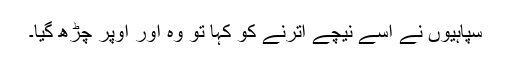
سپاہیوں نے اسے نیچے اُترنے کو کہا تو وہ اور اُوپر چڑھ گیا۔